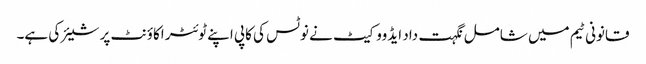
قانونی ٹیم میں شامل نگہت داد ایڈووکیٹ نے نوٹس کی کاپی اپنے ٹوئٹر اکاؤنٹ پر شیئر کی ہے۔